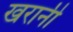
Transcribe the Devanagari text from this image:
खरानी